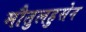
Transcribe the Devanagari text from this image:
मौतुलहुसेन